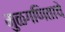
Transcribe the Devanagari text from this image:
मुळगणिताचे